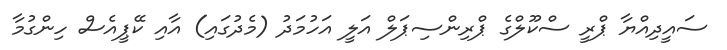
ސައީދިއްޔާ ޕްރީ ސްކޫލްގެ ޕްރިންސިޕަލް އަލީ އަހުމަދު (މެދުގައި) އާއި ކޭޕީއެސް ހިންގުމާ